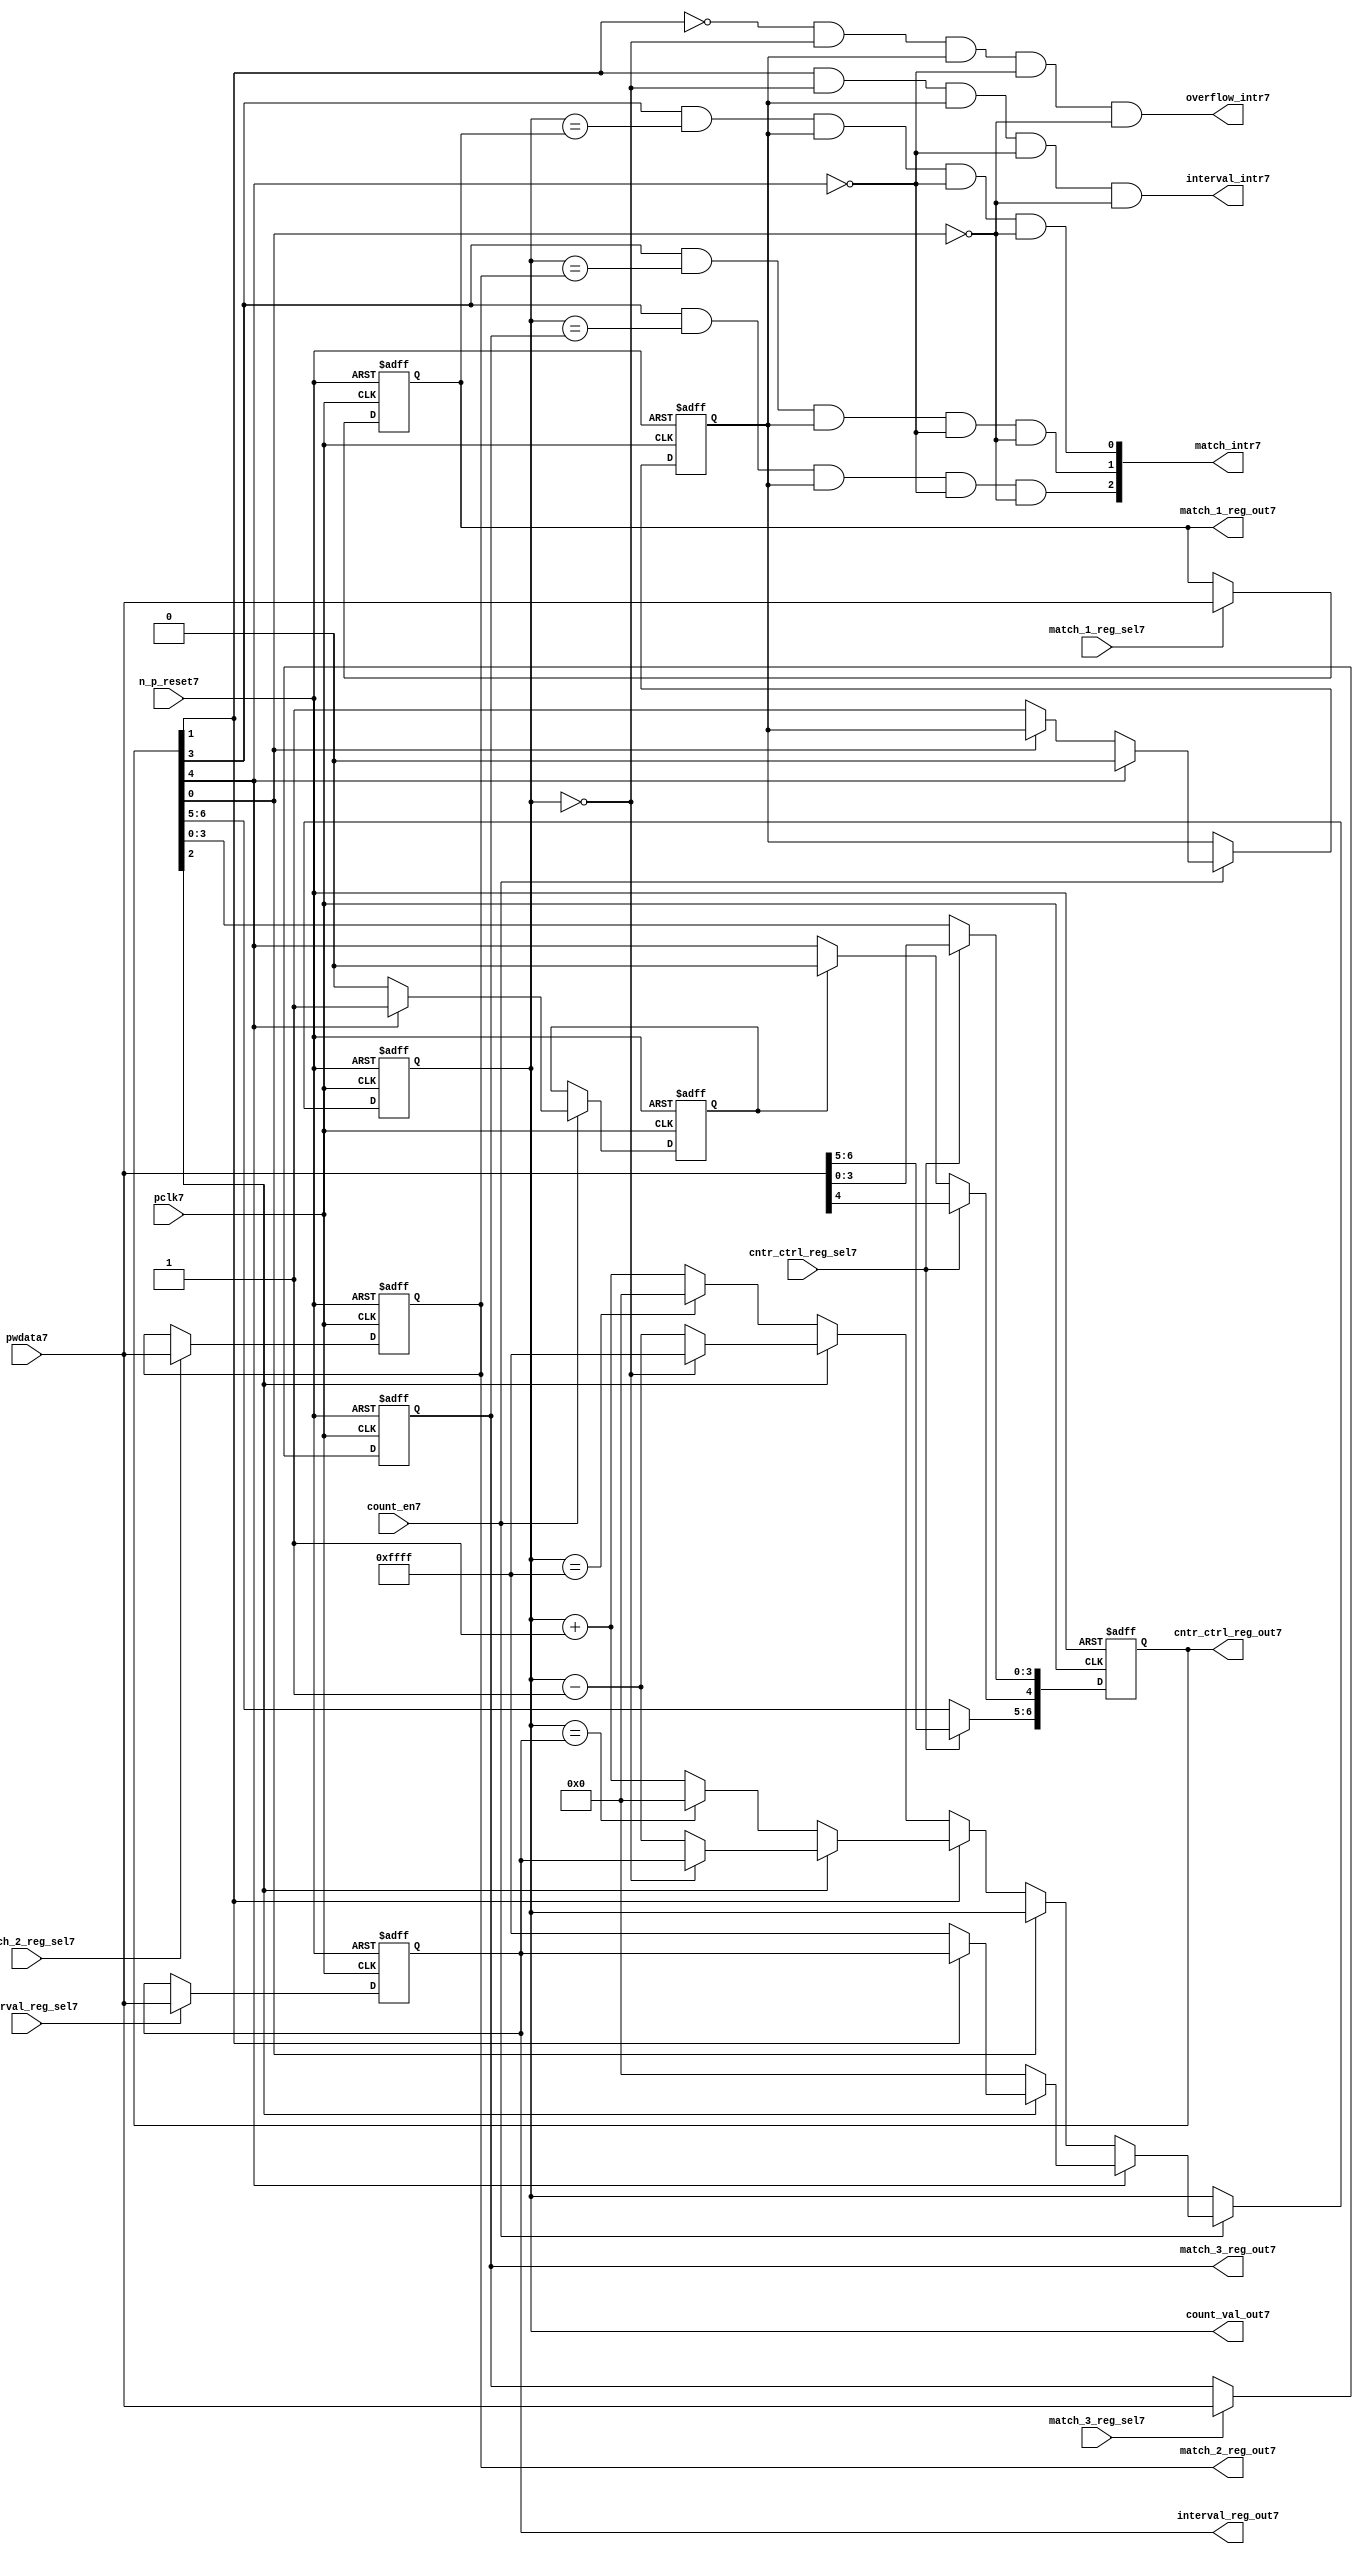
//File7 name   : ttc_counter_lite7.v
//Title7       : 
//Created7     : 1999
//Description7 :The counter can increment and decrement.
//   In increment mode instead of counting7 to its full 16 bit
//   value the counter counts7 up to or down from a programmed7 interval7 value.
//   Interrupts7 are issued7 when the counter overflows7 or reaches7 it's interval7
//   value. In match mode if the count value equals7 that stored7 in one of three7
//   match registers an interrupt7 is issued7.
//Notes7       : 
//----------------------------------------------------------------------
//   Copyright7 1999-2010 Cadence7 Design7 Systems7, Inc7.
//   All Rights7 Reserved7 Worldwide7
//
//   Licensed7 under the Apache7 License7, Version7 2.0 (the
//   "License7"); you may not use this file except7 in
//   compliance7 with the License7.  You may obtain7 a copy of
//   the License7 at
//
//       http7://www7.apache7.org7/licenses7/LICENSE7-2.0
//
//   Unless7 required7 by applicable7 law7 or agreed7 to in
//   writing, software7 distributed7 under the License7 is
//   distributed7 on an "AS7 IS7" BASIS7, WITHOUT7 WARRANTIES7 OR7
//   CONDITIONS7 OF7 ANY7 KIND7, either7 express7 or implied7.  See
//   the License7 for the specific7 language7 governing7
//   permissions7 and limitations7 under the License7.
//----------------------------------------------------------------------
//


module ttc_counter_lite7(

  //inputs7
  n_p_reset7,    
  pclk7,          
  pwdata7,              
  count_en7,
  cntr_ctrl_reg_sel7, 
  interval_reg_sel7,
  match_1_reg_sel7,
  match_2_reg_sel7,
  match_3_reg_sel7,         

  //outputs7    
  count_val_out7,
  cntr_ctrl_reg_out7,
  interval_reg_out7,
  match_1_reg_out7,
  match_2_reg_out7,
  match_3_reg_out7,
  interval_intr7,
  match_intr7,
  overflow_intr7

);


//--------------------------------------------------------------------
// PORT DECLARATIONS7
//--------------------------------------------------------------------

   //inputs7
   input          n_p_reset7;         //reset signal7
   input          pclk7;              //System7 Clock7
   input [15:0]   pwdata7;            //6 Bit7 data signal7
   input          count_en7;          //Count7 enable signal7
   input          cntr_ctrl_reg_sel7; //Select7 bit for ctrl_reg7
   input          interval_reg_sel7;  //Interval7 Select7 Register
   input          match_1_reg_sel7;   //Match7 1 Select7 register
   input          match_2_reg_sel7;   //Match7 2 Select7 register
   input          match_3_reg_sel7;   //Match7 3 Select7 register

   //outputs7
   output [15:0]  count_val_out7;        //Value for counter reg
   output [6:0]   cntr_ctrl_reg_out7;    //Counter7 control7 reg select7
   output [15:0]  interval_reg_out7;     //Interval7 reg
   output [15:0]  match_1_reg_out7;      //Match7 1 register
   output [15:0]  match_2_reg_out7;      //Match7 2 register
   output [15:0]  match_3_reg_out7;      //Match7 3 register
   output         interval_intr7;        //Interval7 interrupt7
   output [3:1]   match_intr7;           //Match7 interrupt7
   output         overflow_intr7;        //Overflow7 interrupt7

//--------------------------------------------------------------------
// Internal Signals7 & Registers7
//--------------------------------------------------------------------

   reg [6:0]      cntr_ctrl_reg7;     // 5-bit Counter7 Control7 Register
   reg [15:0]     interval_reg7;      //16-bit Interval7 Register 
   reg [15:0]     match_1_reg7;       //16-bit Match_17 Register
   reg [15:0]     match_2_reg7;       //16-bit Match_27 Register
   reg [15:0]     match_3_reg7;       //16-bit Match_37 Register
   reg [15:0]     count_val7;         //16-bit counter value register
                                                                      
   
   reg            counting7;          //counter has starting counting7
   reg            restart_temp7;   //ensures7 soft7 reset lasts7 1 cycle    
   
   wire [6:0]     cntr_ctrl_reg_out7; //7-bit Counter7 Control7 Register
   wire [15:0]    interval_reg_out7;  //16-bit Interval7 Register 
   wire [15:0]    match_1_reg_out7;   //16-bit Match_17 Register
   wire [15:0]    match_2_reg_out7;   //16-bit Match_27 Register
   wire [15:0]    match_3_reg_out7;   //16-bit Match_37 Register
   wire [15:0]    count_val_out7;     //16-bit counter value register

//-------------------------------------------------------------------
// Assign7 output wires7
//-------------------------------------------------------------------

   assign cntr_ctrl_reg_out7 = cntr_ctrl_reg7;    // 7-bit Counter7 Control7
   assign interval_reg_out7  = interval_reg7;     // 16-bit Interval7
   assign match_1_reg_out7   = match_1_reg7;      // 16-bit Match_17
   assign match_2_reg_out7   = match_2_reg7;      // 16-bit Match_27 
   assign match_3_reg_out7   = match_3_reg7;      // 16-bit Match_37 
   assign count_val_out7     = count_val7;        // 16-bit counter value
   
//--------------------------------------------------------------------
// Assigning7 interrupts7
//--------------------------------------------------------------------

   assign interval_intr7 =  cntr_ctrl_reg7[1] & (count_val7 == 16'h0000)
      & (counting7) & ~cntr_ctrl_reg7[4] & ~cntr_ctrl_reg7[0];
   assign overflow_intr7 = ~cntr_ctrl_reg7[1] & (count_val7 == 16'h0000)
      & (counting7) & ~cntr_ctrl_reg7[4] & ~cntr_ctrl_reg7[0];
   assign match_intr7[1]  =  cntr_ctrl_reg7[3] & (count_val7 == match_1_reg7)
      & (counting7) & ~cntr_ctrl_reg7[4] & ~cntr_ctrl_reg7[0];
   assign match_intr7[2]  =  cntr_ctrl_reg7[3] & (count_val7 == match_2_reg7)
      & (counting7) & ~cntr_ctrl_reg7[4] & ~cntr_ctrl_reg7[0];
   assign match_intr7[3]  =  cntr_ctrl_reg7[3] & (count_val7 == match_3_reg7)
      & (counting7) & ~cntr_ctrl_reg7[4] & ~cntr_ctrl_reg7[0];


//    p_reg_ctrl7: Process7 to write to the counter control7 registers
//    cntr_ctrl_reg7 decode:  0 - Counter7 Enable7 Active7 Low7
//                           1 - Interval7 Mode7 =1, Overflow7 =0
//                           2 - Decrement7 Mode7
//                           3 - Match7 Mode7
//                           4 - Restart7
//                           5 - Waveform7 enable active low7
//                           6 - Waveform7 polarity7
   
   always @ (posedge pclk7 or negedge n_p_reset7)
   begin: p_reg_ctrl7  // Register writes
      
      if (!n_p_reset7)                                   
      begin                                     
         cntr_ctrl_reg7 <= 7'b0000001;
         interval_reg7  <= 16'h0000;
         match_1_reg7   <= 16'h0000;
         match_2_reg7   <= 16'h0000;
         match_3_reg7   <= 16'h0000;  
      end    
      else 
      begin
         if (cntr_ctrl_reg_sel7)
            cntr_ctrl_reg7 <= pwdata7[6:0];
         else if (restart_temp7)
            cntr_ctrl_reg7[4]  <= 1'b0;    
         else 
            cntr_ctrl_reg7 <= cntr_ctrl_reg7;             

         interval_reg7  <= (interval_reg_sel7) ? pwdata7 : interval_reg7;
         match_1_reg7   <= (match_1_reg_sel7)  ? pwdata7 : match_1_reg7;
         match_2_reg7   <= (match_2_reg_sel7)  ? pwdata7 : match_2_reg7;
         match_3_reg7   <= (match_3_reg_sel7)  ? pwdata7 : match_3_reg7;   
      end
      
   end  //p_reg_ctrl7

   
//    p_cntr7: Process7 to increment or decrement the counter on receiving7 a 
//            count_en7 signal7 from the pre_scaler7. Count7 can be restarted7
//            or disabled and can overflow7 at a specified interval7 value.
   
   
   always @ (posedge pclk7 or negedge n_p_reset7)
   begin: p_cntr7   // Counter7 block

      if (!n_p_reset7)     //System7 Reset7
      begin                     
         count_val7 <= 16'h0000;
         counting7  <= 1'b0;
         restart_temp7 <= 1'b0;
      end
      else if (count_en7)
      begin
         
         if (cntr_ctrl_reg7[4])     //Restart7
         begin     
            if (~cntr_ctrl_reg7[2])  
               count_val7         <= 16'h0000;
            else
            begin
              if (cntr_ctrl_reg7[1])
                 count_val7         <= interval_reg7;     
              else
                 count_val7         <= 16'hFFFF;     
            end
            counting7       <= 1'b0;
            restart_temp7   <= 1'b1;

         end
         else 
         begin
            if (!cntr_ctrl_reg7[0])          //Low7 Active7 Counter7 Enable7
            begin

               if (cntr_ctrl_reg7[1])  //Interval7               
                  if (cntr_ctrl_reg7[2])  //Decrement7        
                  begin
                     if (count_val7 == 16'h0000)
                        count_val7 <= interval_reg7;  //Assumed7 Static7
                     else
                        count_val7 <= count_val7 - 16'h0001;
                  end
                  else                   //Increment7
                  begin
                     if (count_val7 == interval_reg7)
                        count_val7 <= 16'h0000;
                     else           
                        count_val7 <= count_val7 + 16'h0001;
                  end
               else    
               begin  //Overflow7
                  if (cntr_ctrl_reg7[2])   //Decrement7
                  begin
                     if (count_val7 == 16'h0000)
                        count_val7 <= 16'hFFFF;
                     else           
                        count_val7 <= count_val7 - 16'h0001;
                  end
                  else                    //Increment7
                  begin
                     if (count_val7 == 16'hFFFF)
                        count_val7 <= 16'h0000;
                     else           
                        count_val7 <= count_val7 + 16'h0001;
                  end 
               end
               counting7  <= 1'b1;
            end     
            else
               count_val7 <= count_val7;   //Disabled7
   
            restart_temp7 <= 1'b0;
      
         end
     
      end // if (count_en7)

      else
      begin
         count_val7    <= count_val7;
         counting7     <= counting7;
         restart_temp7 <= restart_temp7;               
      end
     
   end  //p_cntr7

endmodule